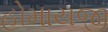
હોમાયજી